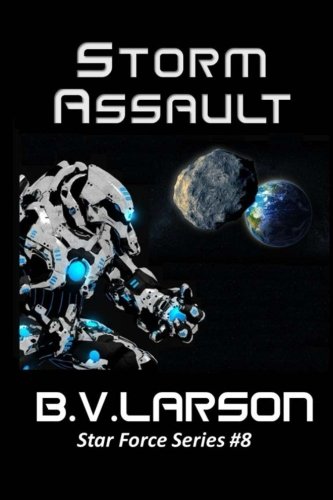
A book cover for Storm Assault (Star Force Series) (Volume 8); B. V. Larson; Science Fiction & Fantasy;